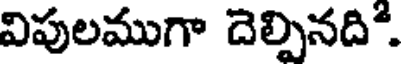
విపులముగా దెల్పినది.